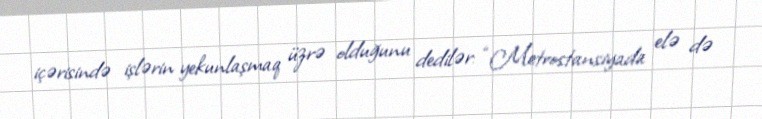
içərisində işlərin yekunlaşmaq üzrə olduğunu dedilər: “Metrostansiyada elə də